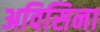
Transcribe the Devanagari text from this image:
अविसिना